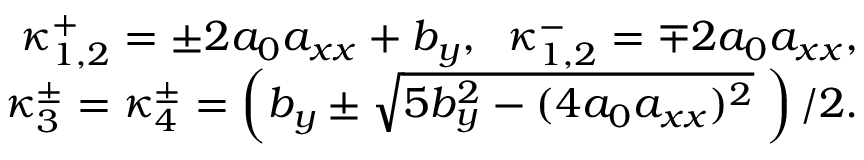
\begin{array} { r l r } & { } & { \kappa _ { 1 , 2 } ^ { + } = \pm 2 a _ { 0 } a _ { x x } + b _ { y } , \; \; \kappa _ { 1 , 2 } ^ { - } = \mp 2 a _ { 0 } a _ { x x } , } \\ & { } & { \kappa _ { 3 } ^ { \pm } = \kappa _ { 4 } ^ { \pm } = \left( b _ { y } \pm \sqrt { 5 b _ { y } ^ { 2 } - ( 4 a _ { 0 } a _ { x x } ) ^ { 2 } } \; \right) / 2 . } \end{array}